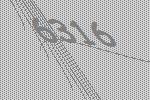
6316